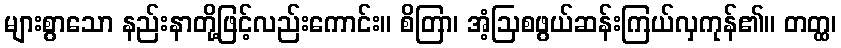
များစွာသော နည်းနာတို့ဖြင့်လည်းကောင်း။ စိတြာ၊ အံ့ဩစဖွယ်ဆန်းကြယ်လှကုန်၏။ တတ္ထ၊